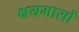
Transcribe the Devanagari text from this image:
क्षयमासों